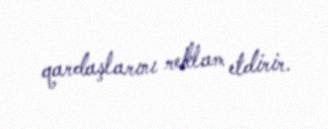
qardaşlarını reklam etdirir.